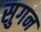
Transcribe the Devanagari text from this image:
सुगन